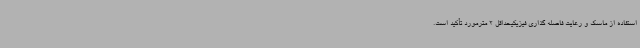
استفاده از ماسک و رعایت فاصله گذاری فیزیکیحداقل 2 مترمورد تأکید است.